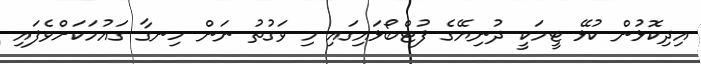
އިދިކޮޅުން ކުޅޭ ޓީމަކީ ދުނިޔޭގެ ފުޓްބޯޅައިގައި މި ވަގުތު ނަން ހިނގާ ގައުމަކަށްވެފައި